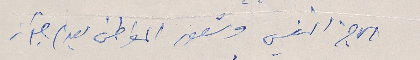
الحاجز النفسي وشعور المواطن بعدم جواز